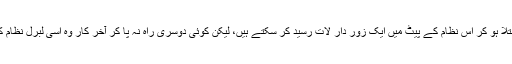
لوگ غصے میں مبتلا ہو کر اس نظام کے پیٹ میں ایک زور دار لات رسید کر سکتے ہیں، لیکن کوئی دوسری راہ نہ پا کر آخر کار وہ اسی لبرل نظام کی طرف پلٹیں گے۔